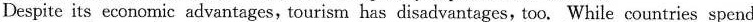
Despite its economic advantages,tourism has disadvantages,too. While countries spend